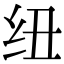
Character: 纽